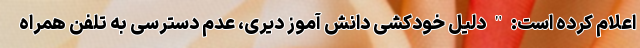
اعلام کرده است:"دلیل خودکشی دانش آموز دیری، عدم دسترسی به تلفن همراه